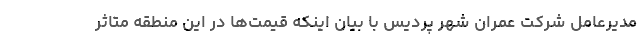
مدیرعامل شرکت عمران شهر پردیس با بیان اینکه قیمت‌ها در این منطقه متاثر